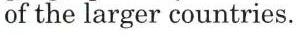
of the larger countries.